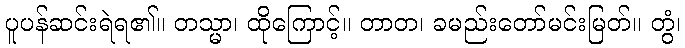
ပူပန်ဆင်းရဲရ၏။ တသ္မာ၊ ထိုကြောင့်။ တာတ၊ ခမည်းတော်မင်းမြတ်။ တွံ၊